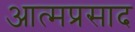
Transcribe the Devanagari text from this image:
आत्मप्रसाद